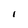
Character: i